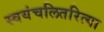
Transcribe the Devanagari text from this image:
स्वयंचलितरित्या